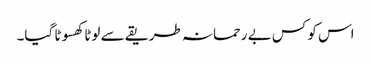
اس کو کس بے رحمانہ طریقے سے لوٹا کھسوٹا گیا۔